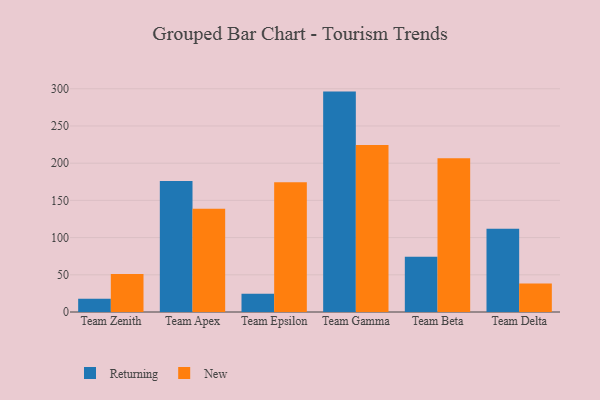
{"axis": {"x": "Team", "y": "Active Users"}, "legend": ["New", "Returning"], "data": [{"x": "Team Zenith", "y": 17.9, "type": "Returning"}, {"x": "Team Zenith", "y": 51.0, "type": "New"}, {"x": "Team Apex", "y": 176.0, "type": "Returning"}, {"x": "Team Apex", "y": 138.7, "type": "New"}, {"x": "Team Epsilon", "y": 24.6, "type": "Returning"}, {"x": "Team Epsilon", "y": 174.3, "type": "New"}, {"x": "Team Gamma", "y": 296.2, "type": "Returning"}, {"x": "Team Gamma", "y": 224.5, "type": "New"}, {"x": "Team Beta", "y": 74.2, "type": "Returning"}, {"x": "Team Beta", "y": 206.6, "type": "New"}, {"x": "Team Delta", "y": 112.0, "type": "Returning"}, {"x": "Team Delta", "y": 38.3, "type": "New"}]}